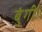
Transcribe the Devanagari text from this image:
बुंगी